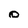
Character: o